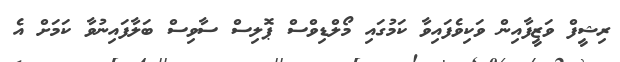
ރިޝީފް ވަޒީފާއިން ވަކިވެފައިވާ ކަމުގައި މޯލްޑިވްސް ޕޮލިސް ސާވިސް ބަލާފައިނުވާ ކަމަށް އެ